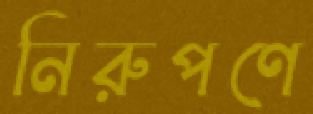
নিরুপণে